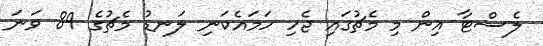
ލެސްޓާ އިން މި މެޗުގައި ޖެހި ހަމައެކަނި ލަނޑު މެޗުގެ 89 ވަނަ